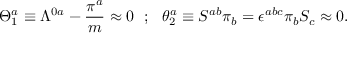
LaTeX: \Theta _ { 1 } ^ { a } \equiv \Lambda ^ { 0 a } - { \frac { \pi ^ { a } } { m } } \approx 0 ~ ~ ; ~ ~ \theta _ { 2 } ^ { a } \equiv S ^ { a b } \pi _ { b } = \epsilon ^ { a b c } \pi _ { b } S _ { c } \approx 0 .